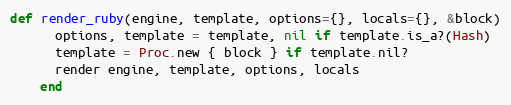
Language: Ruby
def render_ruby(engine, template, options={}, locals={}, &block)
      options, template = template, nil if template.is_a?(Hash)
      template = Proc.new { block } if template.nil?
      render engine, template, options, locals
    end